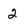
Character: 2